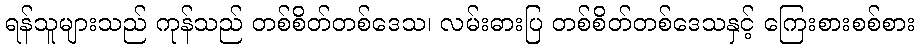
ရန်သူများသည် ကုန်သည် တစ်စိတ်တစ်ဒေသ၊ လမ်းဓားပြ တစ်စိတ်တစ်ဒေသနှင့် ကြေးစားစစ်စား